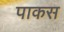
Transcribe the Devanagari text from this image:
पाकस